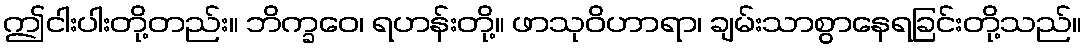
ဤငါးပါးတို့တည်း။ ဘိက္ခဝေ၊ ရဟန်းတို့။ ဖာသုဝိဟာရာ၊ ချမ်းသာစွာနေရခြင်းတို့သည်။